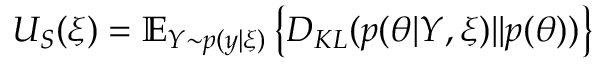
U _ { S } ( \xi ) = \mathbb { E } _ { Y \sim p ( y | \xi ) } \left\{ D _ { K L } ( p ( \theta | Y , \xi ) | | p ( \theta ) ) \right\}